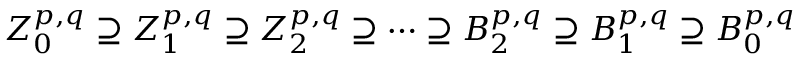
Z _ { 0 } ^ { p , q } \supseteq Z _ { 1 } ^ { p , q } \supseteq Z _ { 2 } ^ { p , q } \supseteq \cdots \supseteq B _ { 2 } ^ { p , q } \supseteq B _ { 1 } ^ { p , q } \supseteq B _ { 0 } ^ { p , q }